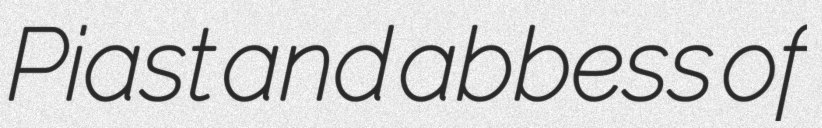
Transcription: Piast and abbess of